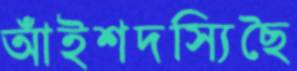
আঁইশদস্যিছৈ